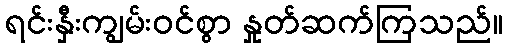
ရင်းနှီးကျွမ်းဝင်စွာ နှုတ်ဆက်ကြသည်။